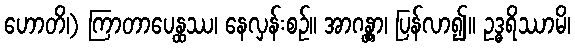
ဟောတိ၊) ကြာတာပေန္ထဿ၊ နေလှန်းစဉ်။ အာဂန္တွာ၊ ပြန်လာ၍။ ဥဒ္ဓရိဿာမိ၊